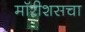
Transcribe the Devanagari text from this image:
मॉरीशसचा